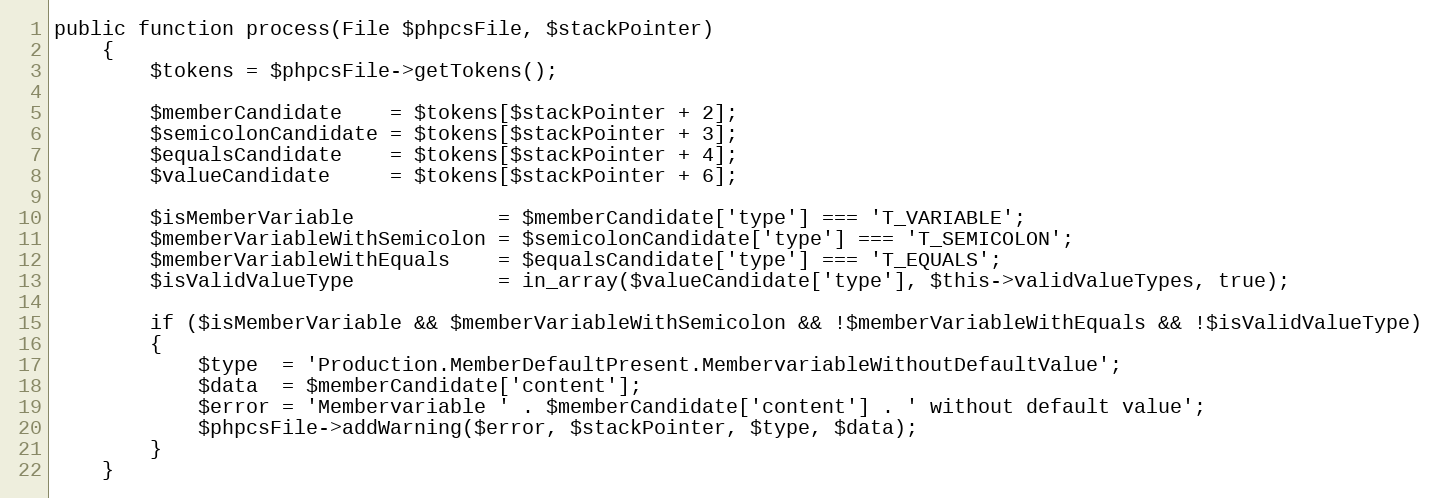
Language: PHP
public function process(File $phpcsFile, $stackPointer)
    {
        $tokens = $phpcsFile->getTokens();

        $memberCandidate    = $tokens[$stackPointer + 2];
        $semicolonCandidate = $tokens[$stackPointer + 3];
        $equalsCandidate    = $tokens[$stackPointer + 4];
        $valueCandidate     = $tokens[$stackPointer + 6];

        $isMemberVariable            = $memberCandidate['type'] === 'T_VARIABLE';
        $memberVariableWithSemicolon = $semicolonCandidate['type'] === 'T_SEMICOLON';
        $memberVariableWithEquals    = $equalsCandidate['type'] === 'T_EQUALS';
        $isValidValueType            = in_array($valueCandidate['type'], $this->validValueTypes, true);

        if ($isMemberVariable && $memberVariableWithSemicolon && !$memberVariableWithEquals && !$isValidValueType)
        {
            $type  = 'Production.MemberDefaultPresent.MembervariableWithoutDefaultValue';
            $data  = $memberCandidate['content'];
            $error = 'Membervariable ' . $memberCandidate['content'] . ' without default value';
            $phpcsFile->addWarning($error, $stackPointer, $type, $data);
        }
    }